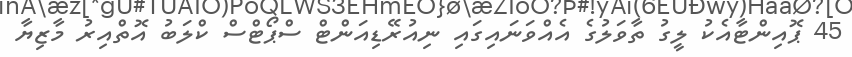
45 ޕޮއިންޓާއެކު ލީގު ތާވަލުގެ އެއްވަނައިގައި ނިއުރޭޑިއަންޓް ސްޕޯޓްސް ކްލަބު އޮތްއިރު މާޒިޔާ